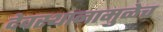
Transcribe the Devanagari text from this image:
देवस्थानामुळेच